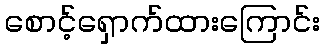
စောင့်ရှောက်ထားကြောင်း